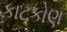
કાટકોણ